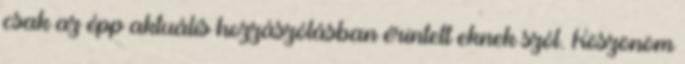
csak az épp aktuális hozzászólásban érintett eknek szól. Köszönöm